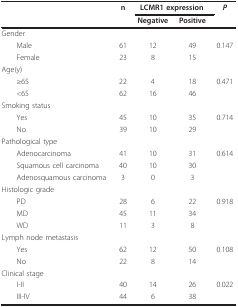
|  | n | <COLSPAN=2> LCMR1 expression | P |
 |  |  | Negative | Positive |  |
 | --- | --- | --- | --- | --- |
 | Gender |  |  |  |  |
 | Male | 61 | 12 | 49 | 0.147 |
 | Female | 23 | 8 | 15 |  |
 | Age(y) |  |  |  |  |
 | ≥65 | 22 | 4 | 18 | 0.471 |
 | <65 | 62 | 16 | 46 |  |
 | Smoking status |  |  |  |  |
 | Yes | 45 | 10 | 35 | 0.714 |
 | No | 39 | 10 | 29 |  |
 | Pathological type |  |  |  |  |
 | Adenocarcinoma | 41 | 10 | 31 | 0.614 |
 | Squamous cell carcinoma | 40 | 10 | 30 |  |
 | Adenosquamous carcinoma | 3 | 0 | 3 |  |
 | Histologic grade |  |  |  |  |
 | PD | 28 | 6 | 22 | 0.918 |
 | MD | 45 | 11 | 34 |  |
 | WD | 11 | 3 | 8 |  |
 | Lymph node metastasis |  |  |  |  |
 | Yes | 62 | 12 | 50 | 0.108 |
 | No | 22 | 8 | 14 |  |
 | Clinical stage |  |  |  |  |
 | I-II | 40 | 14 | 26 | 0.022 |
 | III-IV | 44 | 6 | 38 |  |